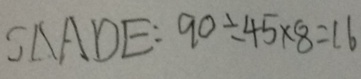
S \Delta A D E : 9 0 \div 4 5 \times 8 = 1 6